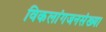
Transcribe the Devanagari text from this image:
विकलांगजनसंख्या